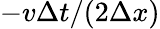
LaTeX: -v\Delta t/(2\Delta x)